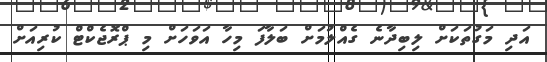
އަދި މަގުތަކަށް ލިބިދާނެ ގެއްލުމަށް ބަލާފަ މިހާ އަވަހަށް މި ޕްރޮޖެކްޓް ކުރިއަށް